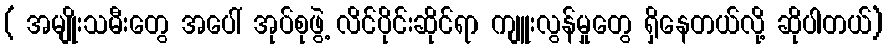
( အမျိုးသမီးတွေ အပေါ် အုပ်စုဖွဲ့ လိင်ပိုင်းဆိုင်ရာ ကျူးလွန်မှုတွေ ရှိနေတယ်လို့ ဆိုပါတယ်)